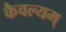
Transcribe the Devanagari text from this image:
कैवल्यम्